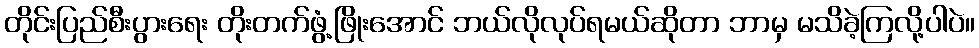
တိုင်းပြည်စီးပွားရေး တိုးတက်ဖွံ့ဖြိုးအောင် ဘယ်လိုလုပ်ရမယ်ဆိုတာ ဘာမှ မသိခဲ့ကြလို့ပါပဲ။